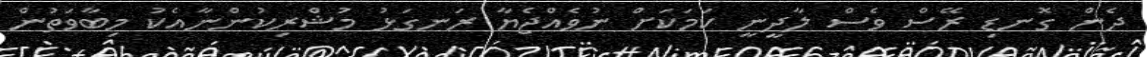
ދެން ގޮނޑި ރޭސް ވެސް ލާދީނީ ކަމަކަށް ނުވެއްޖެޔާ ރަނގަޅު މުޝްރިކުންނާއެކު މިބާވަތުން